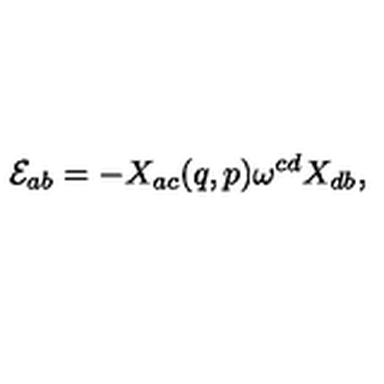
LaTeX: { \cal E } _ { a b } = - X _ { a c } ( q , p ) \omega ^ { c d } X _ { d b } ,